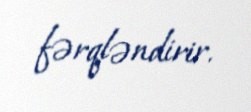
fərqləndirir.